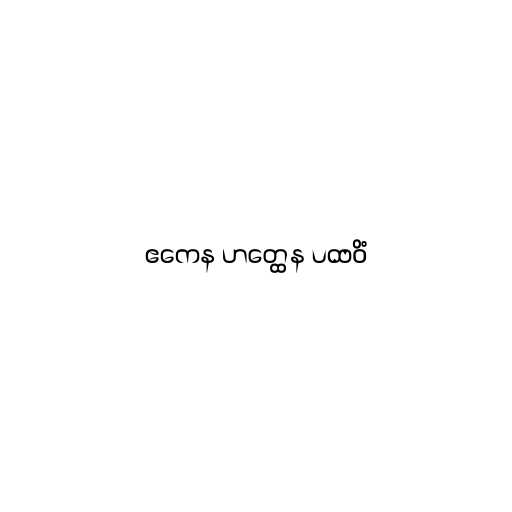
ဧကေန ဟတ္ထေန ပထဝိံ